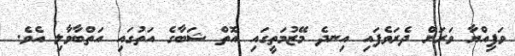
ވަފިއްޔާ ވަރަށް ދެރަވެފައި އިނދެ މޭޒުމަތީގައި އޮތް ޝަބާގެ އަތުގައި އަތްބާވާލި އެވެ.